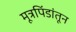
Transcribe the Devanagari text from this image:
मूत्रपिंडांतून